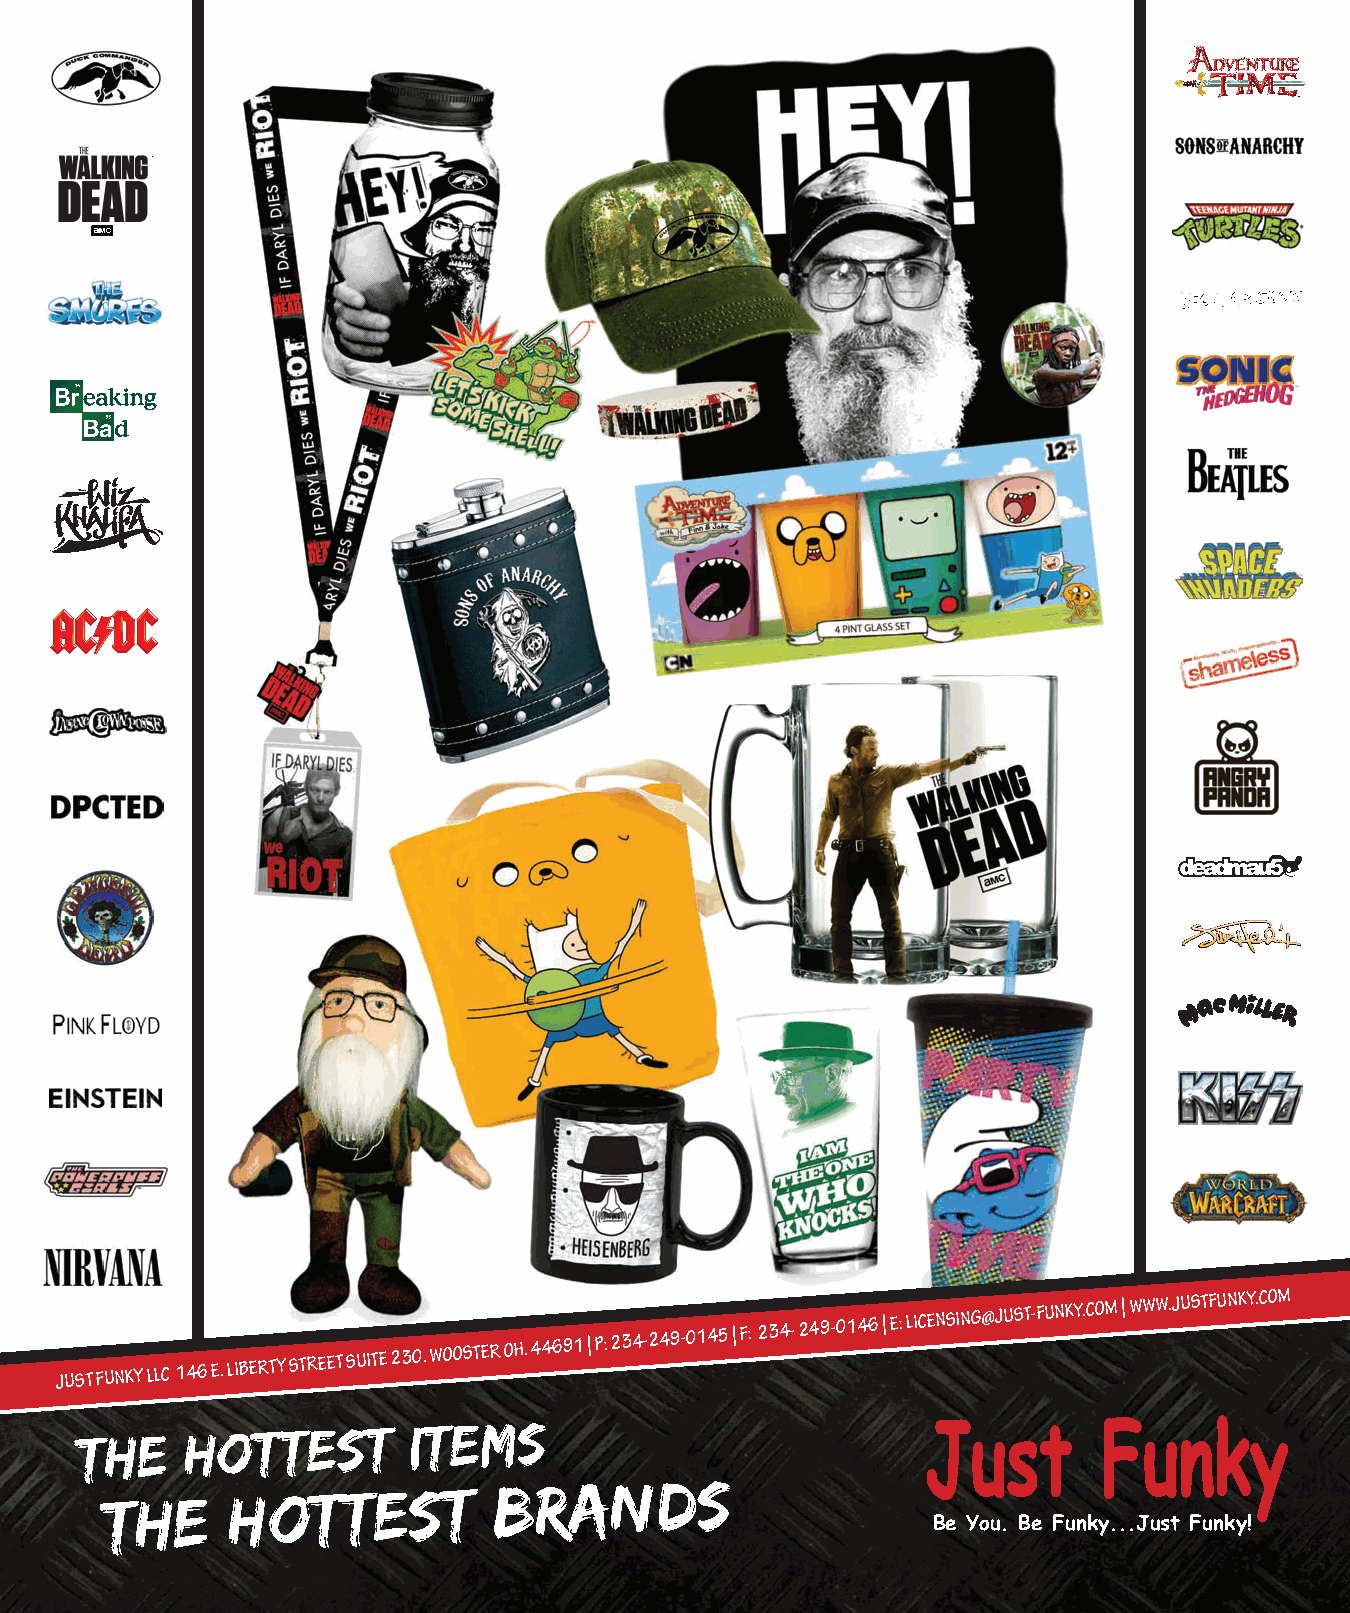
®
 JUST FUNKY LLC 146 E. LIBERTY STREET SUITE 230. WOOSTER OH. 44691 | P:
 234-249-0145 | F: 234- 249-0146 | E:
 LICENSING@JUST-FUNKY.COM |
 WWW.JUSTFUNKY.COM
 THE
 HOTTEST        ITEMS
 THE
 HOTTEST
 BRANDS
 Be You. Be Funky...Just Funky!
 mbcyyelaaallcgonkewnta                         ES247508_LIC0513_093_FP.pgs 05.08.2013 02:52 ADV